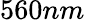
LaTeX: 560nm